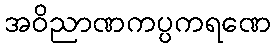
အဝိညာဏကပ္ပကရဏေ